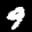
Label: 9